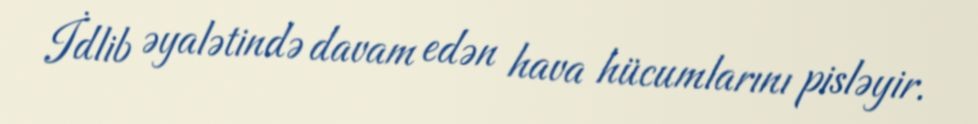
İdlib əyalətində davam edən hava hücumlarını pisləyir.